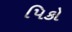
પિકો